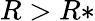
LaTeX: R>R*